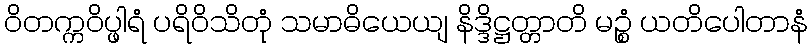
ဝိတက္ကဝိပ္ဖါရံ ပရိဝိသိတုံ သမာဓိယေယျ နိဒ္ဒိဋ္ဌတ္တာတိ မဉ္စံ ယတိပေါတာနံ